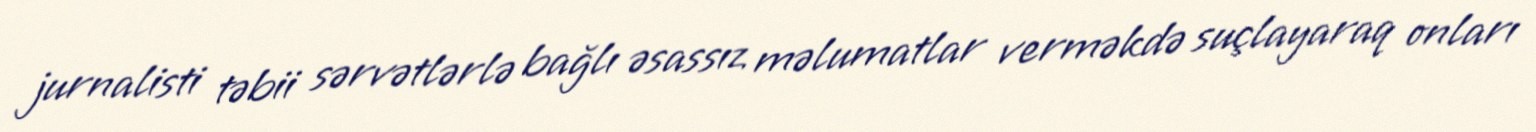
jurnalisti təbii sərvətlərlə bağlı əsassız məlumatlar verməkdə suçlayaraq onları